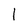
Character: 1